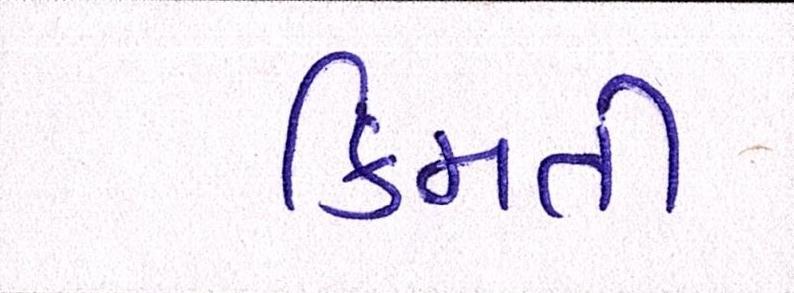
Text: કિમતી